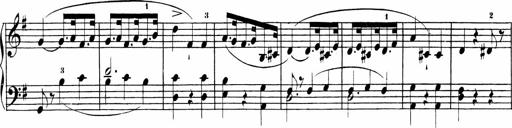
Title: Sonatinen Op.47, 98 und 136, nebst 6 Liedersonatinen
Composer: Carl Reinecke